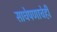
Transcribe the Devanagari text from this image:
साधेपणाचेही